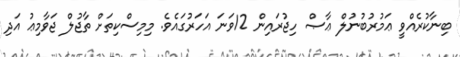
ބިނާކުރެއްވީ ޢަމުރުބުނުލް ޢާޞް ހިޖުރައިން 12ވަނަ އަހަރުގައެވެ. މިމިސްކިތަށް ތާޖުލް ޖަވާމިޢު އަދި